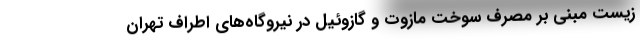
زیست مبنی بر مصرف سوخت مازوت و گازوئیل در نیروگاه‌های اطراف تهران